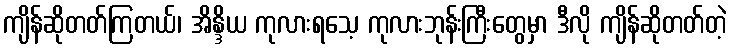
ကျိန်ဆိုတတ်ကြတယ်၊ အိန္ဒိယ ကုလားရသေ့ ကုလားဘုန်းကြီးတွေမှာ ဒီလို ကျိန်ဆိုတတ်တဲ့